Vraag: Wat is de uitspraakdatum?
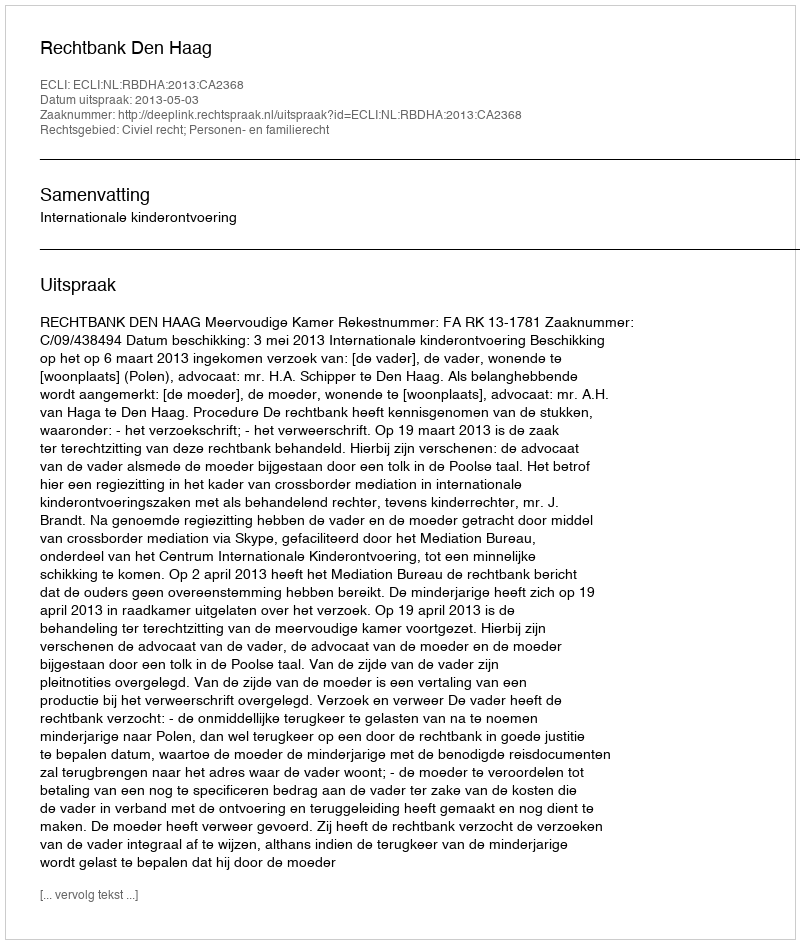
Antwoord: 2013-05-03